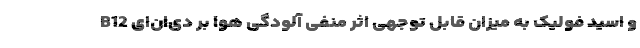
B12 و اسید فولیک به میزان قابل توجهی اثر منفی آلودگی هوا بر دی‌ان‌ای